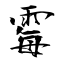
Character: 霉